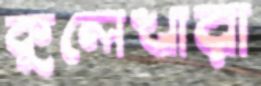
কুলেখারা